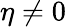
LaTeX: \eta\ne 0